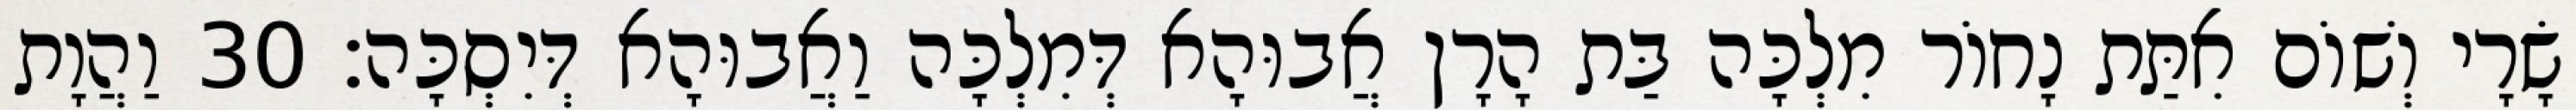
שָׂרָי וְשׁוֹם אִתַּת נָחוֹר מִלְכָּה בַּת הָרָן אֲבוּהָא דְּמִלְכָּה וַאֲבוּהָא דְּיִסְכָּה׃ 30 וַהֲוָת